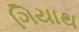
ગિયાથ